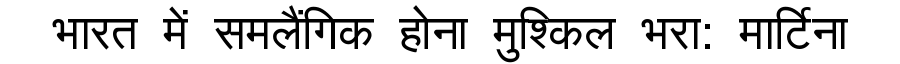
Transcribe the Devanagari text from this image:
भारत में समलैंगिक होना मुश्किल भरा: मार्टिना